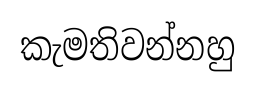
කැමතිවන්නහු